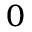
^ 0